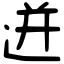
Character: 迸